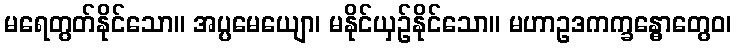
မရေတွတ်နိုင်သော။ အပ္ပမေယျော၊ မနိုင်ယှဉ်နိုင်သော။ မဟာဥဒကက္ခန္ဓောတွေဝ၊